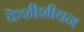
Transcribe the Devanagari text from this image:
केशीशीयन